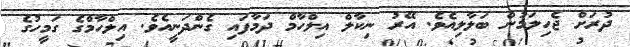
ދުރަށް ޖެހިލަމުން ބަލާލިއެވެ. އޭރު ނިކާލް އިލްހާމް ދަމާފައި ގެންދަނީއެވެ. އިލްހާމްގެ ގަމީހުގެ